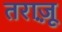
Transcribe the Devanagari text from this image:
तराज़ू़